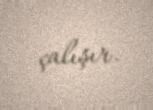
çalışır.